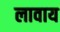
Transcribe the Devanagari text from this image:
लावाय